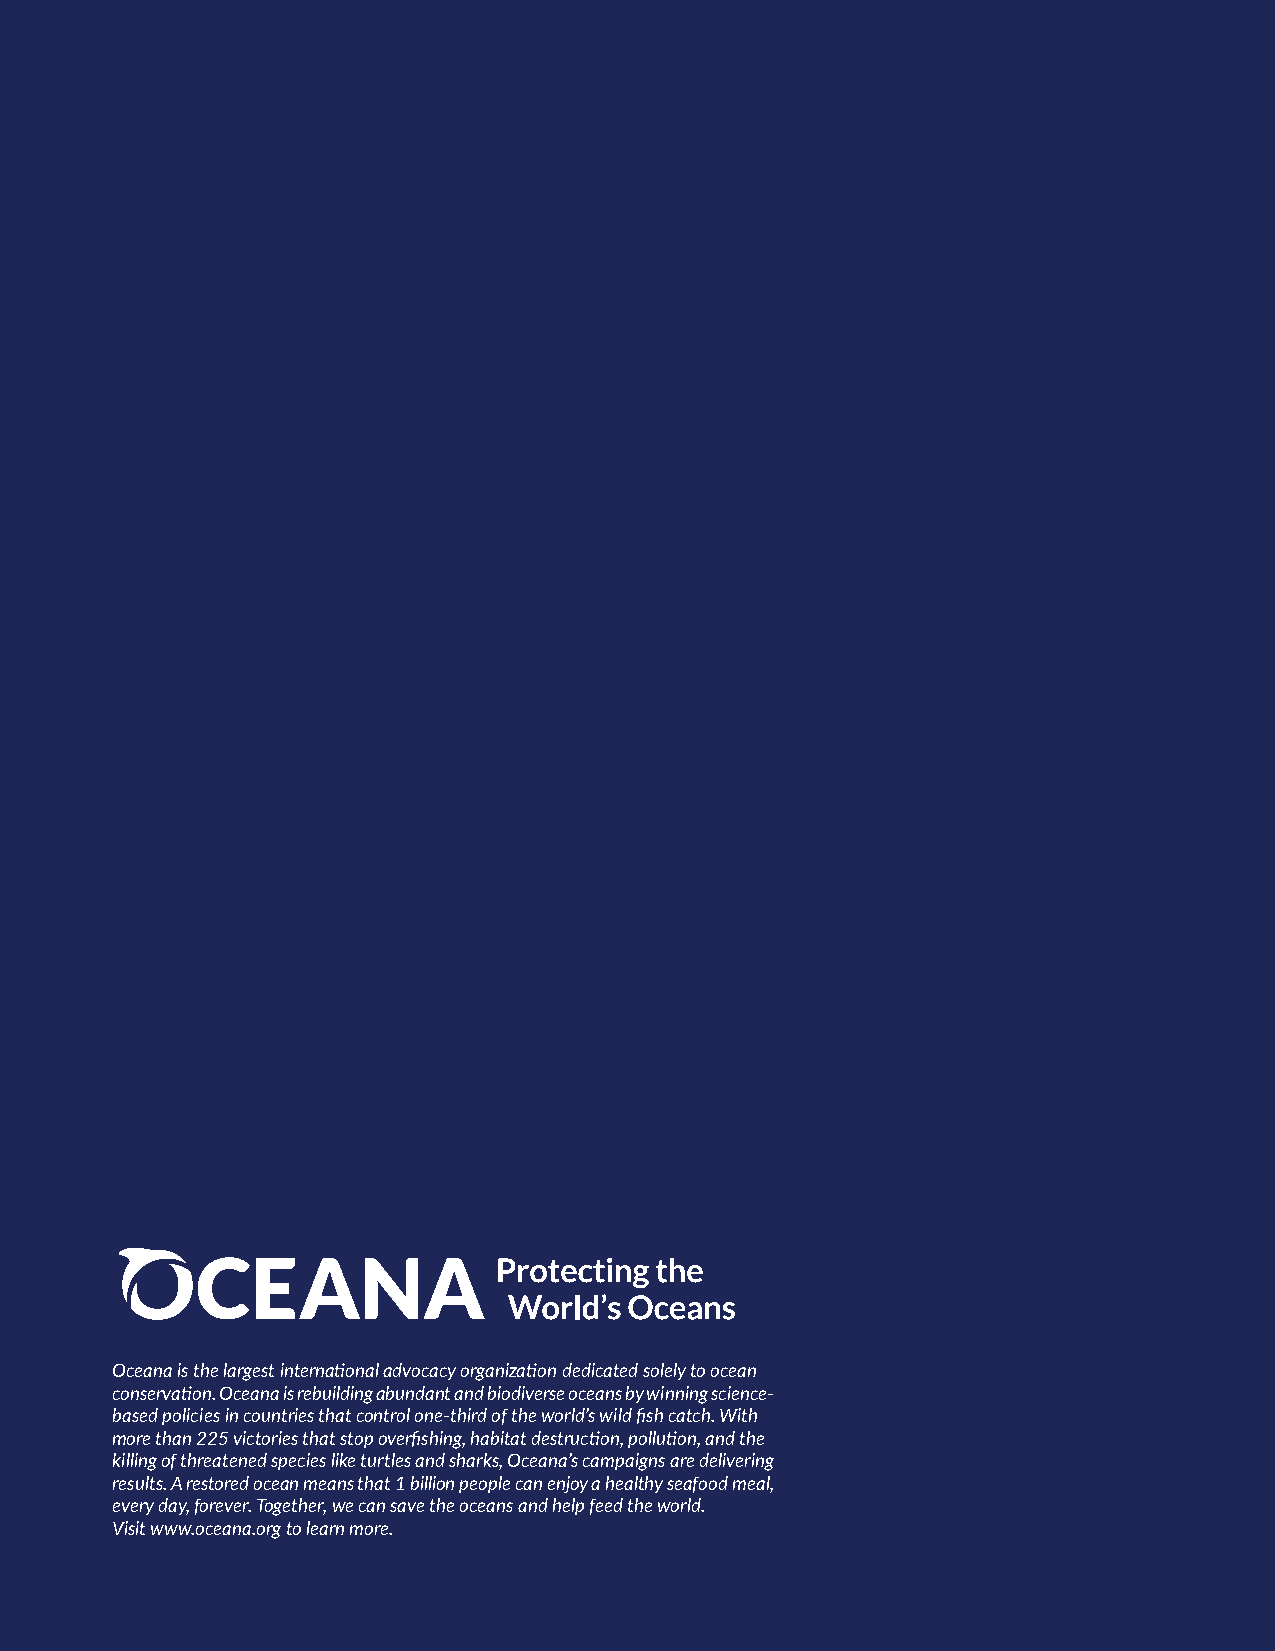
Oceana is the largest international advocacy organization dedicated solely to ocean
 conservation. Oceana is rebuilding abundant and biodiverse oceans by winning science-
 based policies in countries that control one-third of the world’s wild fish catch. With
 more than 225 victories that stop overfishing, habitat destruction, pollution, and the
 killing of threatened species like turtles and sharks, Oceana’s campaigns are delivering
 results. A restored ocean means that 1 billion people can enjoy a healthy seafood meal,
 every day, forever. Together, we can save the oceans and help feed the world.
 Visit www.oceana.org to learn more.